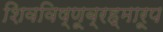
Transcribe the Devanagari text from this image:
शिवविष्णूब्रह्मारूप